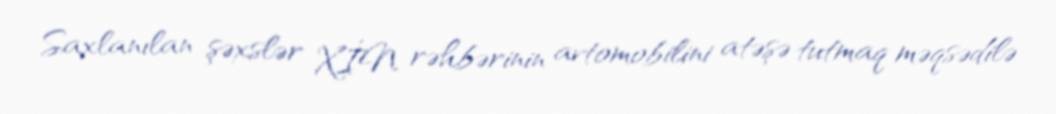
Saxlanılan şəxslər XİN rəhbərinin avtomobilini atəşə tutmaq məqsədilə